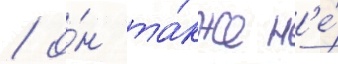
/ о́н та́кже н'е́